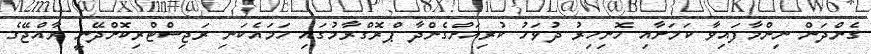
ގެންދަން ނިންމާފައިވާ ކަމަށާއި ހޮނިހިރު ދުވަހު ކުރިއަށްގެންދާ ޕްރޮގްރާމުގައި ހަމައެކަނި ރަޖިސްޓްރިކޮށްދޭނީ ރާއްޖޭގެ